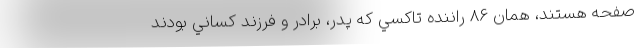
صفحه هستند، همان 86 راننده تاكسي كه پدر، برادر و فرزند كساني بودند